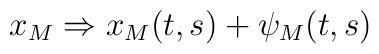
x_{M}\Rightarrow x_{M}(t,s)+\psi _{M}(t,s)